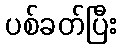
ပစ်ခတ်ပြီး